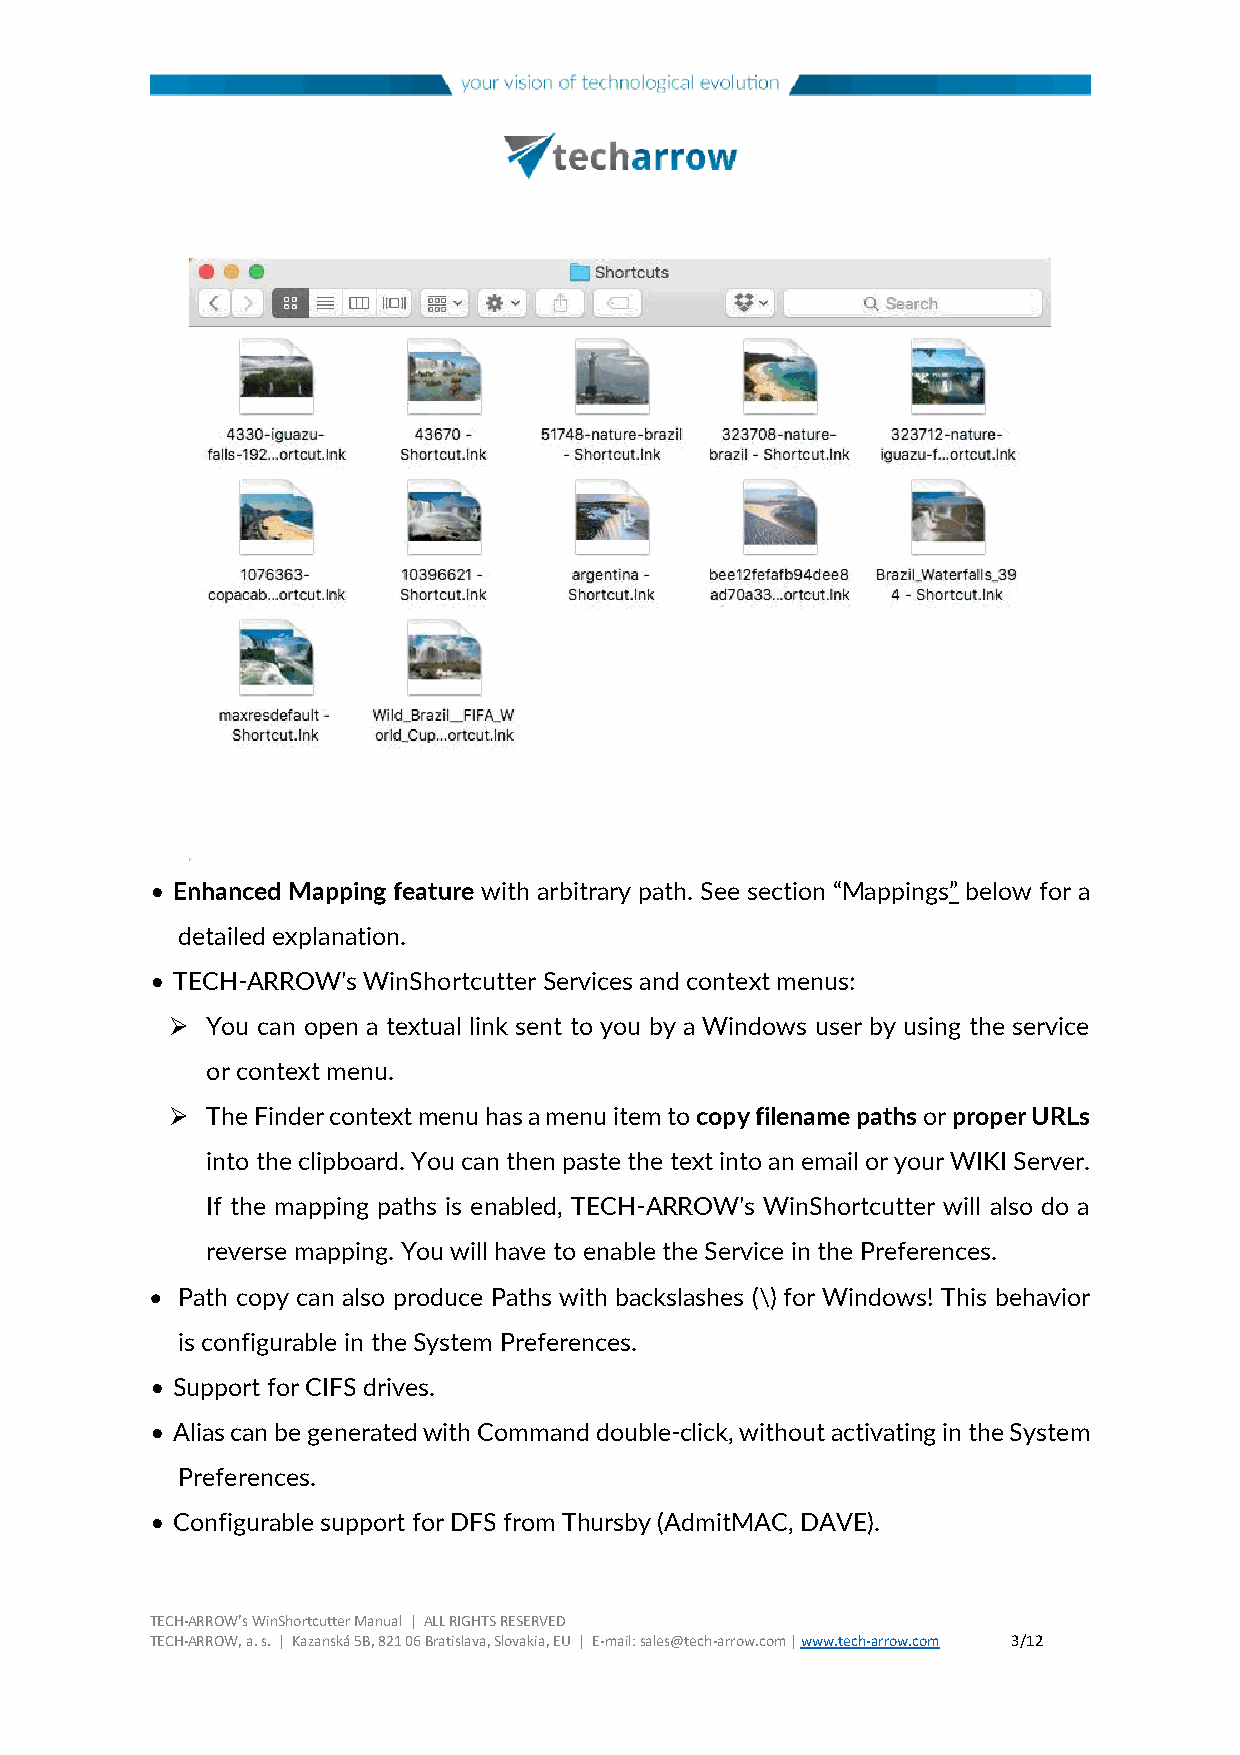
• Enhanced Mapping feature with arbitrary path. See section “Mappings” below for a
 detailed explanation.
 • TECH-ARROW's WinShortcutter Services and context menus:
 ➢  You can open a textual link sent to you by a Windows user by using the service
 or context menu.
 ➢  The Finder context menu has a menu item to copy filename paths or proper URLs
 into the clipboard. You can then paste the text into an email or your WIKI Server.
 If the mapping paths is enabled, TECH-ARROW's WinShortcutter will also do a
 reverse mapping. You will have to enable the Service in the Preferences.
 • Path copy can also produce Paths with backslashes (\) for Windows! This behavior
 is configurable in the System Preferences.
 • Support for CIFS drives.
 • Alias can be generated with Command double-click, without activating in the System
 Preferences.
 • Configurable support for DFS from Thursby (AdmitMAC, DAVE).
 TECH-ARROW’s WinShortcutter Manual | ALL RIGHTS RESERVED
 TECH-ARROW, a. s. | Kazanská 5B, 821 06 Bratislava, Slovakia, EU | E-mail: sales@tech-arrow.com | www.tech-arrow.com 3/12